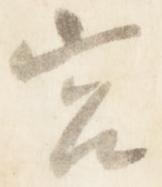
宮